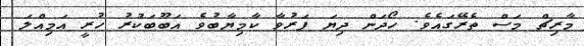
މާރިޗް މަސް ތެރޭގައެެވެ. ހޯދަން ދިޔަ ފަރުވާ ކާމިޔާބުވެ އަބޫބަކުރު ހުރީ އަމިއްލަ